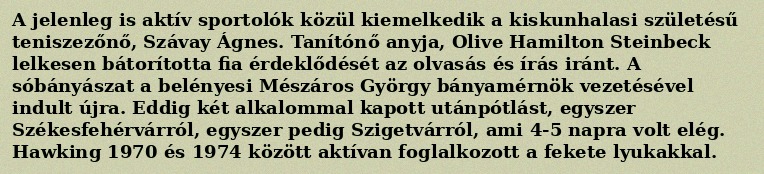
A jelenleg is aktív sportolók közül kiemelkedik a kiskunhalasi születésű teniszezőnő, Szávay Ágnes. Tanítónő anyja, Olive Hamilton Steinbeck lelkesen bátorította fia érdeklődését az olvasás és írás iránt. A sóbányászat a belényesi Mészáros György bányamérnök vezetésével indult újra. Eddig két alkalommal kapott utánpótlást, egyszer Székesfehérvárról, egyszer pedig Szigetvárról, ami 4-5 napra volt elég. Hawking 1970 és 1974 között aktívan foglalkozott a fekete lyukakkal.